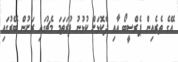
އޭގެ ތެރެއިން ޕެރްސީބޯ އާއި ދެކޮޅަށް ކުޅުނު ފުރަތަމަ މެޗުގައި ރަށުން ބޭރުގައި